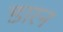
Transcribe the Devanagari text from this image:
डारन